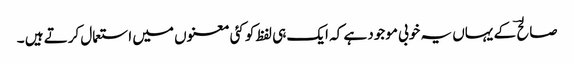
صالح ؔ کے یہاں یہ خوبی موجود ہے کہ ایک ہی لفظ کو کئی معنوں میں استعمال کرتے ہیں ۔